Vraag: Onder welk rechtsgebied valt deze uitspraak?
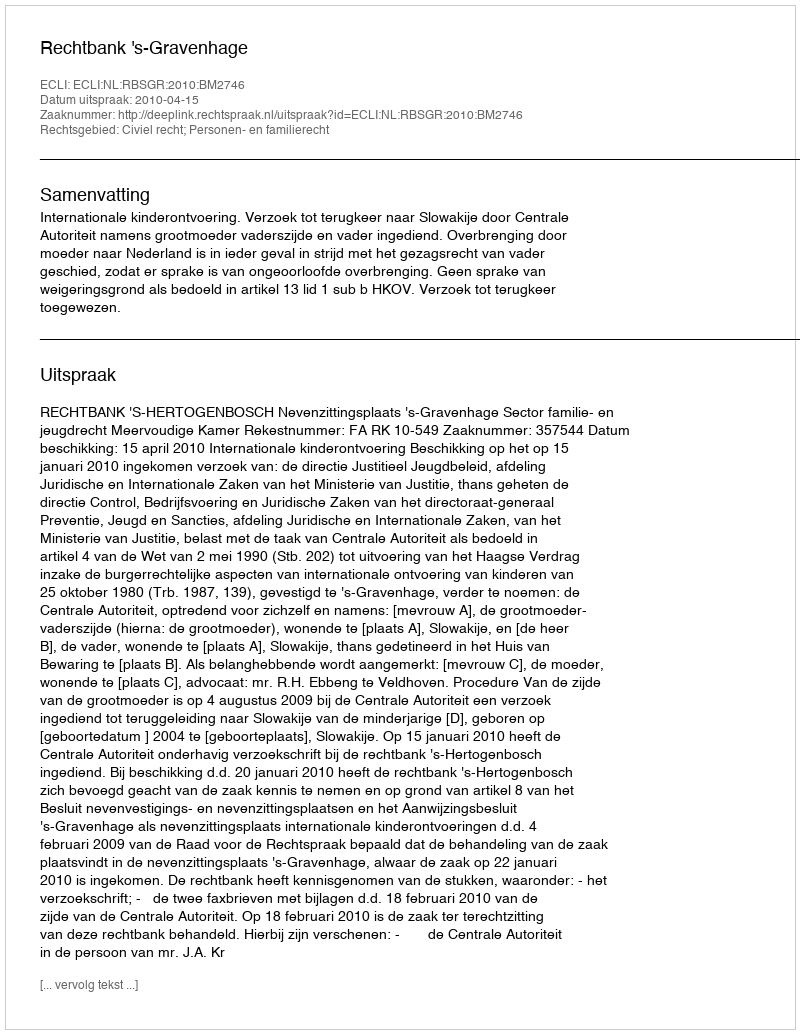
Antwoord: Civiel recht; Personen- en familierecht